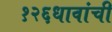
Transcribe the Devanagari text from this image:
१२६धावांची